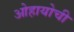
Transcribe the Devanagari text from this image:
ओहायोची